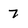
Character: 7